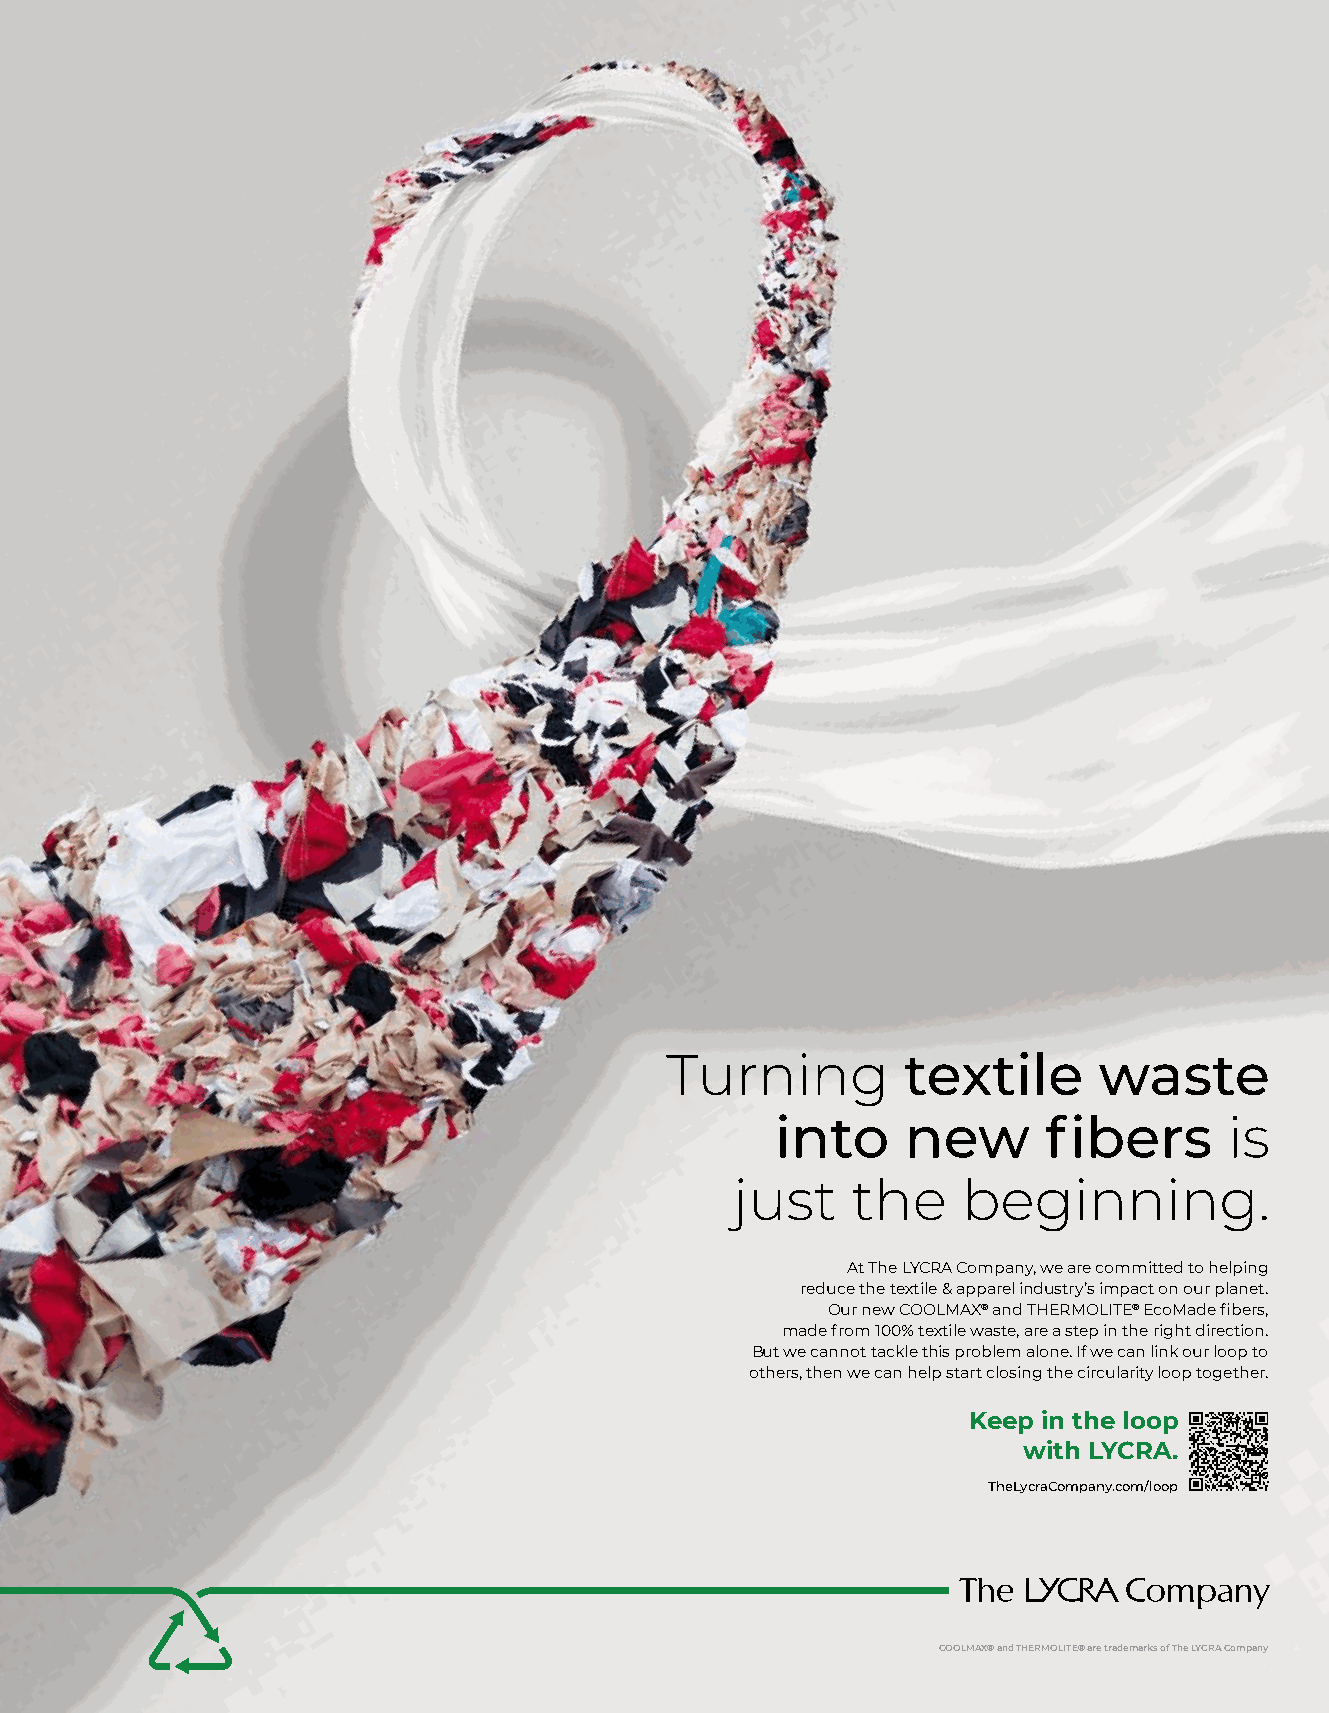
Turning         textile      waste
 into     new      fibers      is
 just   the     beginning.
 At The LYCRA Company, we are committed to helping
 reduce the textile & apparel industry’s impact on our planet.
 Our new COOLMAX® and THERMOLITE® EcoMade fibers,
 made from 100% textile waste, are a step in the right direction.
 But we cannot tackle this problem alone. If we can link our loop to
 others, then we can help start closing the circularity loop together.
 Keep in the loop
 with LYCRA.
 TheLycraCompany.com/loop
 COOLMAX® and THERMOLITE® are trademarks of The LYCRA Company
 Print_TheLYCRACOMPANY_Ad_225x290_English.indd 1                                 07.10.21 14:21